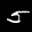
Label: 5